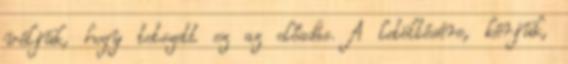
véljük, hogy tetszett ez az előadás. A letöltésére, kérjük,